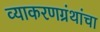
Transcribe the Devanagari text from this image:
व्याकरणग्रंथांचा